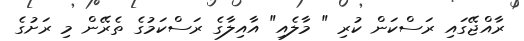
ރާއްޖޭގައި ރަސްކަން ކުރި " މާލެއި" އާއިލާގެ ރަސްކަމުގެ ތެރޭން މި ރަށުގެ